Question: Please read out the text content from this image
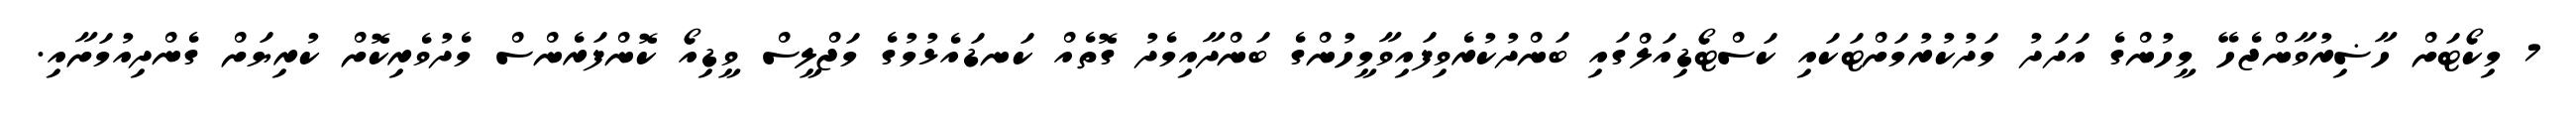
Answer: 7 މިކޯޓަށް ހާޟިރުވާންޖެހޭ މީހުންގެ އަދަދު މަދުކުރުމަށްޓަކައި ކަސްޓޯޑިއަލްގައި ބަންދުކުރެވިފައިވާމީހުންގެ ބަންދާއިމެދު ގޮތެއް ކަނޑައެޅުމުގެ މަޖްލީސް ވީޑިއޯ ކޮންފަރެންސް މެދުވެރިކޮށް ކުރިޔަށް ގެންދިއުމަށާއި.